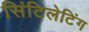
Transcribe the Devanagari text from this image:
सिंटिलेटिंग